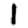
Digit: 1